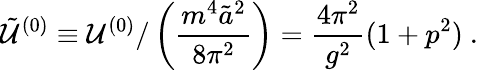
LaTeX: {\tilde{\cal U}}^{(0)}\equiv{\cal U}^{(0)}/\left(\frac{m^{4}{\tilde{a}}^{2}}{8\pi^{2}}\right)=\frac{4\pi^{2}}{g^{2}}(1+p^{2})\ .